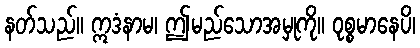
နတ်သည်။ ဣဒံနာမ၊ ဤမည်သောအမှုကို။ ဝုစ္စမာနေပိ၊